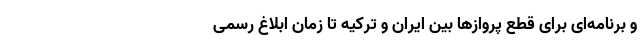
و برنامه‌ای برای قطع پروازها بین ایران و ترکیه تا زمان ابلاغ رسمی